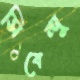
সিবেন্দু